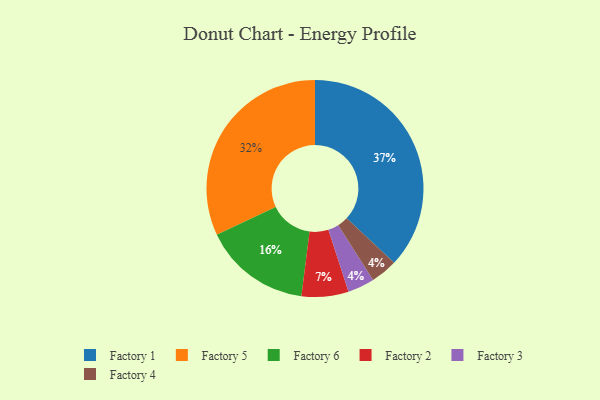
{"axis": {"x": "Category", "y": "Percentage"}, "legend": ["Factory 1", "Factory 2", "Factory 3", "Factory 4", "Factory 5", "Factory 6"], "data": [{"x": "Factory 1", "y": 37, "type": "Factory 1"}, {"x": "Factory 5", "y": 32, "type": "Factory 5"}, {"x": "Factory 3", "y": 4, "type": "Factory 3"}, {"x": "Factory 6", "y": 16, "type": "Factory 6"}, {"x": "Factory 4", "y": 4, "type": "Factory 4"}, {"x": "Factory 2", "y": 7, "type": "Factory 2"}]}